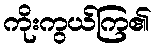
ကိုးကွယ်ကြ၏